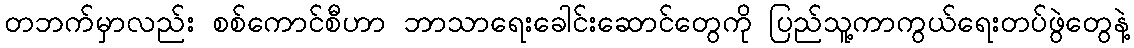
တဘက်မှာလည်း စစ်ကောင်စီဟာ ဘာသာရေးခေါင်းဆောင်တွေကို ပြည်သူ့ကာကွယ်ရေးတပ်ဖွဲတွေနဲ့